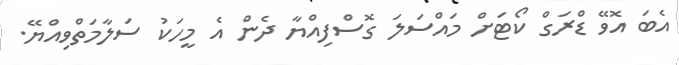
އެބަ އޮވޭ ޑްރަގް ކޯޓަށް މައްސަލަ ގޮސްފިއްޔާ ދެން އެ މީހަކު ސަލާމަތްވިއްޔޭ.